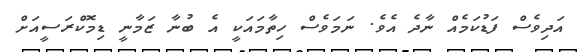
އަދިވެސް ފަޑުކަމެއް ނާދެ އެވެ. ނަމަވެސް ހިތާމައަކީ އެ ބުނާ ޒަމާނީ ޑިމޮކްރަސީއަށް